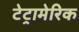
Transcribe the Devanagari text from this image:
टेट्रामेरिक